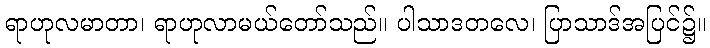
ရာဟုလမာတာ၊ ရာဟုလာမယ်တော်သည်။ ပါသာဒတလေ၊ ပြာသာဒ်အပြင်၌။